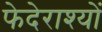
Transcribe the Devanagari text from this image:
फेदेराश्यों